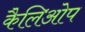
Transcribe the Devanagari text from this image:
कैलिओप